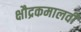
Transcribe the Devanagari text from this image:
क्षौद्रकमालवी